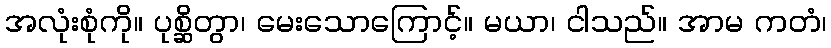
အလုံးစုံကို။ ပုစ္ဆိတွာ၊ မေးသောကြောင့်။ မယာ၊ ငါသည်။ အာမ ကတံ၊